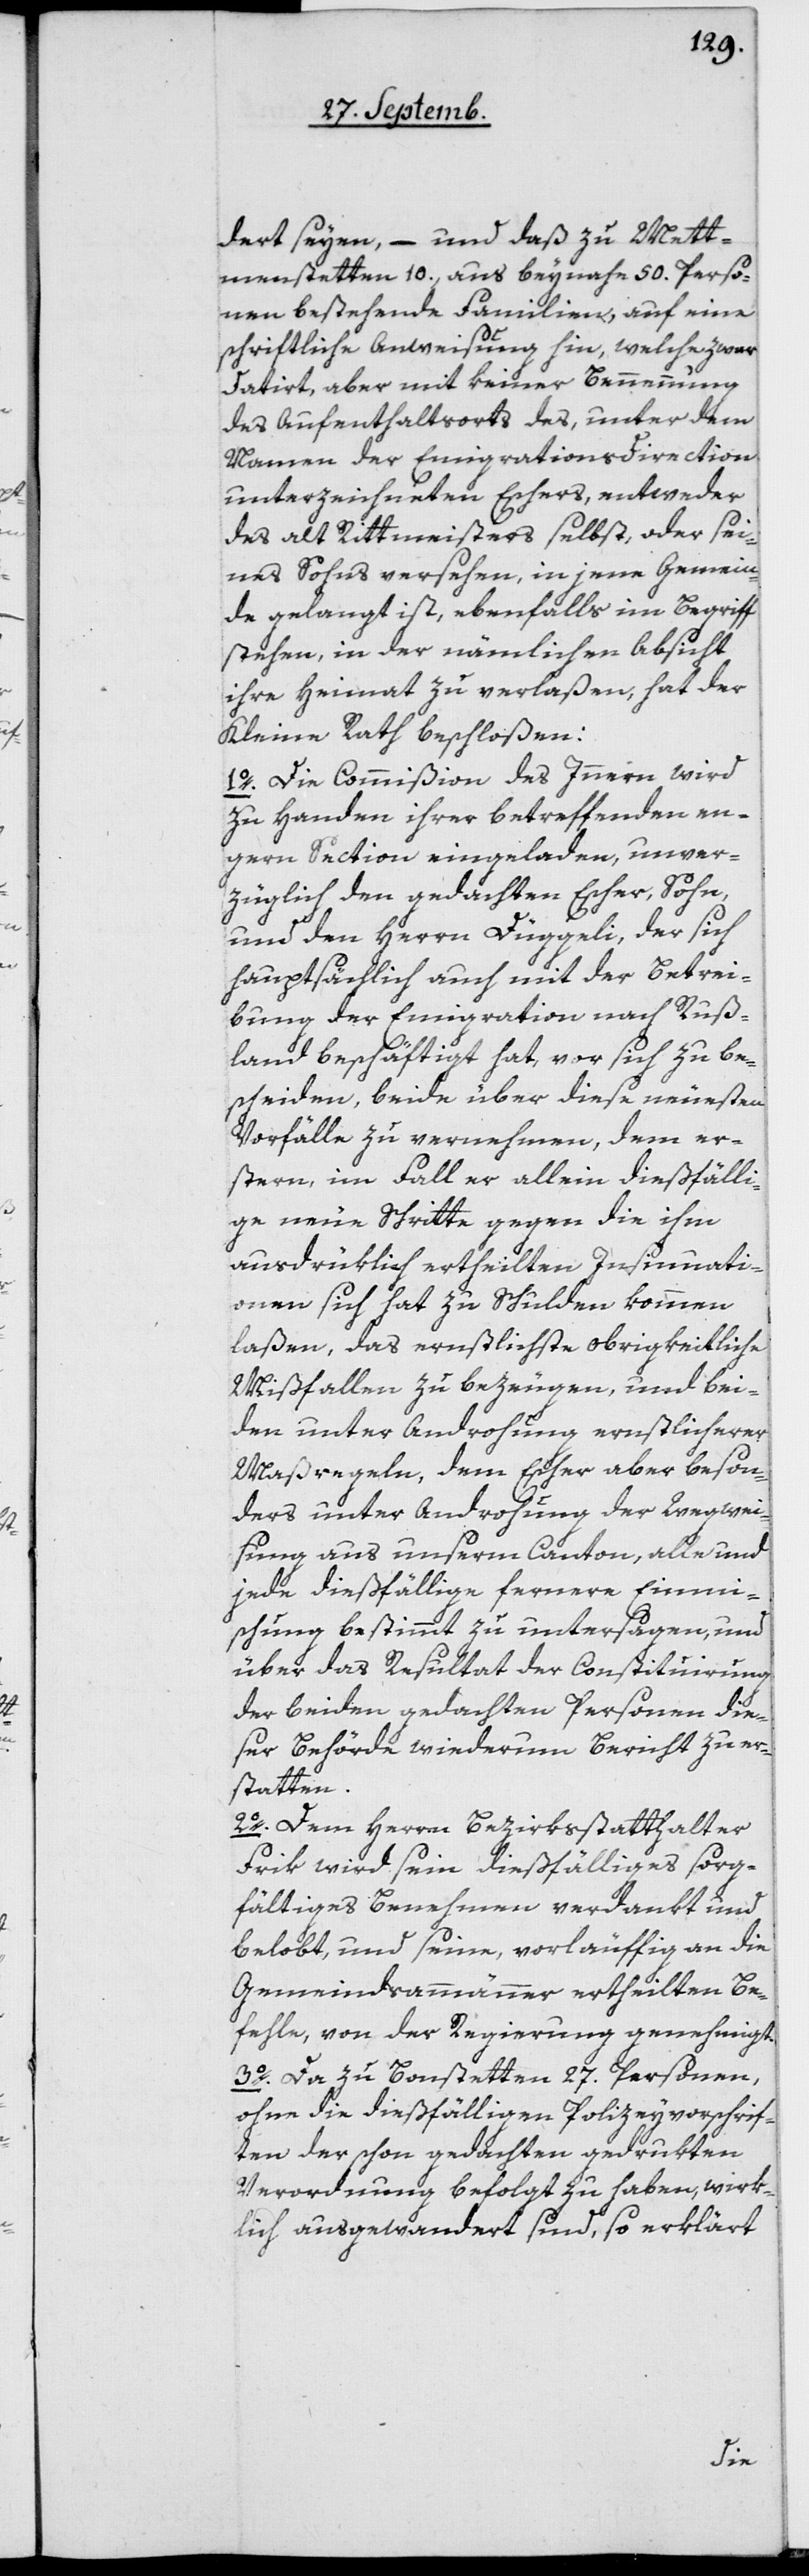
dert seyen, – und daß zu Mett¬
menstetten [sic!] 10 aus beinahe 50 Perso¬
nen bestehende Familien, auf eine
schriftliche Anweisung hin, welche zwar
datiert, aber mit keiner Benennung
des Aufenthaltsorts des, unter dem
Namen der Emigrationsdirection
unterzeichneten Eschers, entweder
des alt Rittmeister selbst, oder sei¬
nes Sohns versehen, in jene Gemein¬
de gelangt ist, ebenfalls im Begriff
stehen, in der nämlichen Absicht
ihre Heimat zu verlaßen, hat der
Kleine Rath beschloßen:
1o Die Commißion des Innern wird
zu Handen ihrer betreffenden en¬
gern Section eingeladen, unver¬
züglich den gedachten Escher, Sohn,
und den Herrn Düggeli, der sich
hauptsächlich auch mit der Betrei¬
bung der Emigration nach Ruß¬
land beschäftigt hat, vor sich zu be¬
scheiden, beide über diese neuesten
Vorfälle zu vernehmen, dem er¬
stern, im Fall er allein dießfälli¬
ge neue Schritte gegen die ihm
ausdrüklich ertheilten Insinuati¬
onen sich hat zu Schulden kommen
laßen, das ernstlichste obrigkeitliche
Mißfallen zu bezeugen, und bei¬
den unter Androhung ernstlicherer
Maßregeln, dem Escher aber beson¬
ders unter Androhung der Wegwei¬
sung aus unserm Canton, alle und
jede dießfällige fernere Einmi¬
schung bestimmt zu untersagen, und
über das Resultat der Constituirung
der beiden gedachten Personen die¬
ser Behörde wiederum Bericht zu er¬
statten.
2o Dem Herrn Bezirksstatthalter
Frik wird sein dießfälliges sorg¬
fältiges Benehmen verdankt und
belobt, und seine, vorläuffig an die
Gemeindsammänner ertheilten Be¬
fehle, von der Regierung genehmigt.
3o Da zu Bonstetten 27 Personen,
ohne die dießfälligen Polizeyvorschrif¬
ten der schon gedachten gedrukten
Verordnung befolgt zu haben, wirk¬
lich ausgewandert sind, so erklärt